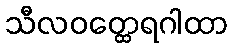
သီလဝတ္ထေရဂါထာ